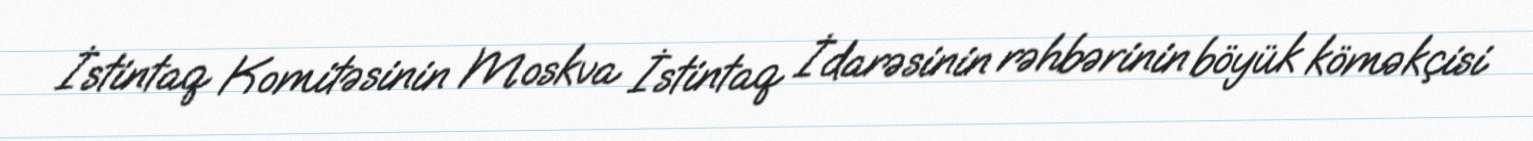
İstintaq Komitəsinin Moskva İstintaq İdarəsinin rəhbərinin böyük köməkçisi